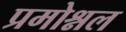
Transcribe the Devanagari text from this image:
प्रमोश्नल